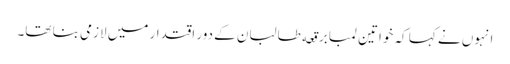
انہوں نے کہا کہ خواتین لمبا برقعه طالبان کے دور اقتدار میں لازمی بنا تھا۔